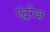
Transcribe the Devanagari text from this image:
एंटूरेज